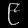
Digit: ၉